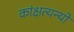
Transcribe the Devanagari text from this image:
कांक्षत्यन्यो